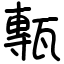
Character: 甎